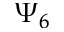
\Psi _ { 6 }